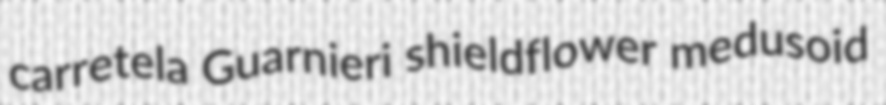
carretela Guarnieri shieldflower medusoid